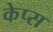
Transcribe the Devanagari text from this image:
केप्स